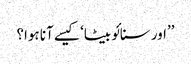
’’اور سنائو بیٹا‘ کیسے آنا ہوا؟